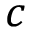
c